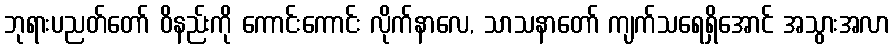
ဘုရားပညတ်တော် ဝိနည်းကို ကောင်းကောင်း လိုက်နာလေ, သာသနာတော် ကျက်သရေရှိအောင် အသွားအလာ